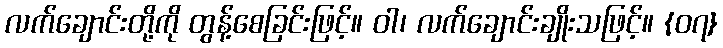
လက်ချောင်းတို့ကို တွန့်စေခြင်းဖြင့်။ ဝါ၊ လက်ချောင်းချိုးသဖြင့်။ {၀၇}